Madras plague regulations in force outside the Presidency town - Volume 1
Disease focus: Plague
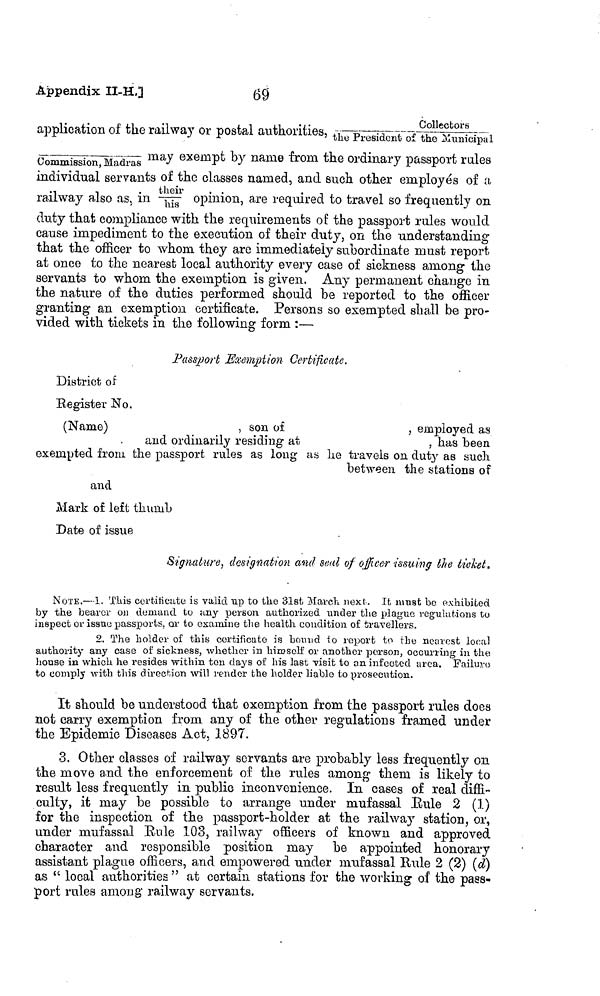
Appendix II-H,]
69
application of the railway or postal authorities, collectors/the President of the Municipal
Commission,
Madras
the ordinary passport rales
individual servants of the classes named, and such other employes of a
railway also as } in their/his opinion, are required to travel so frequently on
duty that compliance with the requirements of the passport rules would
cause impediment to the execution of their duty, on the understanding
that the officer to whom they are immediately subordinate must report
at once to the nearest local authority every case of sickness among the
servants to whom the exemption is given. Any permanent change in
the nature of the duties performed should be reported to the officer
granting an exemption certificate. Persons so exempted shall be pro-
vided with tickets in the following form :—
Passport Exemption Certificate,
District of
Register No.
(Name)
, son of
, employed as
and ordinarily residing at
, has been
exempted from the passport rules as long as lie travels on duty as such
between the stations of
and
Mark of left thumb
Date of issue
Signature, designation and seal of officer issuing the ticket,
NOTE.— 1. This certitieate is valid up to the 31st March next. It must be exhibited
by the bearer on demand to tiny person authorized under the plague régulations to
inspect or issue passports, or to examine the health condition of travellers.
2. The holder of this certificate is bound to report to the nearest local
authority any case of sickness, whether in himself or another person, occurring in the
house in which he resides within ten days of his last visit to an infected area. FiviLuvo
to comply with this direction will render the holder liable to prosecution.
It should be understood that exemption from the passport rules does
not carry exemption from any of the other regulations framed under
the Epidemic Diseases Act, 1897.
3. Other classes of railway servants are probably less frequently on
the move a.ud the enforcement of the rules among them is likely to
result less frequently in public inconvenience. In cases of real diffi-
culty, it may be possible to arrange under niufassal Rule 2 (1)
for the inspection of the passport-holder at the railway station, or,
under mufassal Rule 103, railway officers of known and approved
character and responsible position may be appointed honorary
assistant plague officers, and empowered under mufassal Bule 2 (2) (d)
as " local authorities " at certain stations for the working of the pass-
port rules among railway servants.